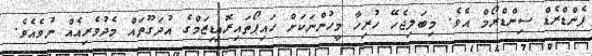
ޕެންޑްރެޑް ސިންޑްރޯމް އެވެ. މިބަލިޖެހޭ ހުރިހާ މީހުންނަކަށް ހައިޕޯތައިރޮއިޑިޒަމްގެ އުދަގޫތައް މެދުވެރިއެއް ނުވެއެވެ.